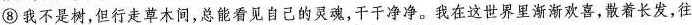
⑧ 我不是树，但行走草木间，总能看见自己的灵魂，干干净净。我在这世界里渐渐欢喜，散着长发，往